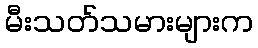
မီးသတ်သမားများက